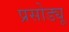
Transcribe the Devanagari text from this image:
प्रसोड्यू